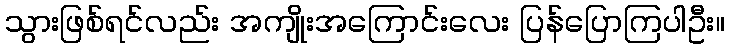
သွားဖြစ်ရင်လည်း အကျိုးအကြောင်းလေး ပြန်ပြောကြပါဦး။